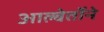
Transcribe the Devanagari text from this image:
आल्बेर्तोने